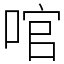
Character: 𠴨